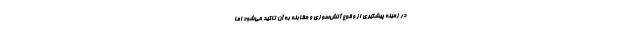
در زمینه ‌پیشگیری از وقوع آتش‌سوزی و مقابله به آن تاکید می‌شود اما